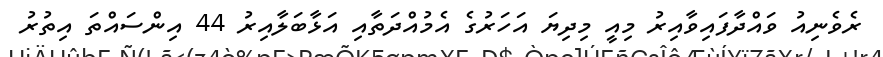
ރެވެނިއު ވައްދާފައިވާއިރު މިއީ މިދިޔަ އަހަރުގެ އެމުއްދަތާއި އަޅާބަލާއިރު 44 އިންސައްތަ އިތުރު